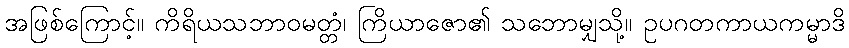
အဖြစ်ကြောင့်။ ကိရိယသဘာဝမတ္တံ၊ ကြိယာဇော၏ သဘောမျှသို့။ ဥပဂတကာယကမ္မာဒိ